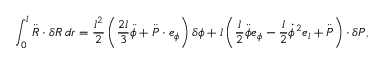
\int _ { 0 } ^ { l } \ddot { \boldsymbol { R } } \cdot \delta \boldsymbol { R } \, d r = \frac { l ^ { 2 } } { 2 } \left( \frac { 2 l } { 3 } \ddot { \phi } + \ddot { \boldsymbol { P } } \cdot \boldsymbol { e } _ { \phi } \right) \delta \phi + l \left( \frac { l } { 2 } \ddot { \phi } \boldsymbol { e } _ { \phi } - \frac { l } { 2 } \dot { \phi } ^ { 2 } \boldsymbol { e } _ { l } + \ddot { \boldsymbol { P } } \right) \cdot \delta \boldsymbol { P } ,